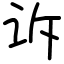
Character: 诉